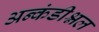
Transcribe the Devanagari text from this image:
अन्कंडीश्नल